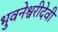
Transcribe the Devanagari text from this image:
भुवनेश्वरीदेवी